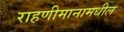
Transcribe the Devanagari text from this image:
राहणीमानामधील